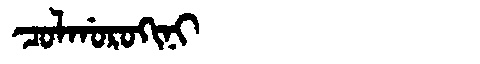
Manchu: ᠴᠣᠯᡤᠣᡵᠣᡴᡳᠨᡳ
Romanization: COLGOROKINI